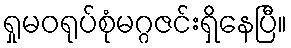
ရှုမဝရုပ်စုံမဂ္ဂဇင်းရှိနေပြီ။